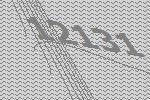
12131